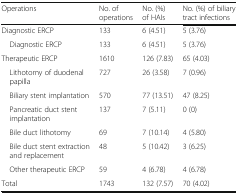
| Operations | No. of operations | No. (%) of HAIs | No. (%) of biliary tract infections |
 | --- | --- | --- | --- |
 | Diagnostic ERCP | 133 | 6 (4.51) | 5 (3.76) |
 | Diagnostic ERCP | 133 | 6 (4.51) | 5 (3.76) |
 | Therapeutic ERCP | 1610 | 126 (7.83) | 65 (4.03) |
 | Lithotomy of duodenal papilla | 727 | 26 (3.58) | 7 (0.96) |
 | Biliary stent implantation | 570 | 77 (13.51) | 47 (8.25) |
 | Pancreatic duct stent implantation | 137 | 7 (5.11) | 0 (0) |
 | Bile duct lithotomy | 69 | 7 (10.14) | 4 (5.80) |
 | Bile duct stent extraction and replacement | 48 | 5 (10.42) | 3 (6.25) |
 | Other therapeutic ERCP | 59 | 4 (6.78) | 4 (6.78) |
 | Total | 1743 | 132 (7.57) | 70 (4.02) |